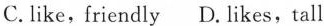
C. like, friendly D. likes, tall